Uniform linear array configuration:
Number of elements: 48
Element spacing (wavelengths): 1
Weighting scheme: blackman
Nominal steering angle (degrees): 0
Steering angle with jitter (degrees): -1.445
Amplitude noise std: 0.05
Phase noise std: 0.05

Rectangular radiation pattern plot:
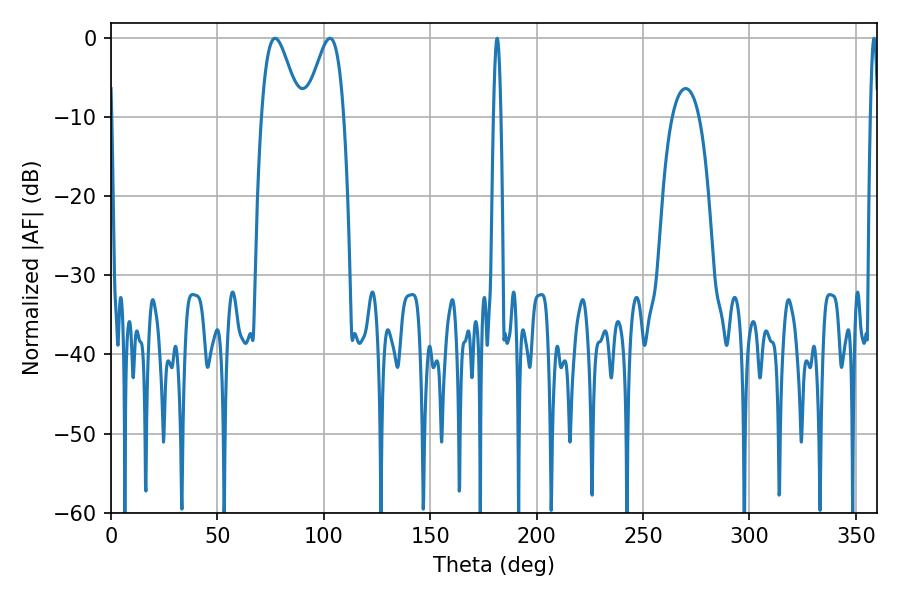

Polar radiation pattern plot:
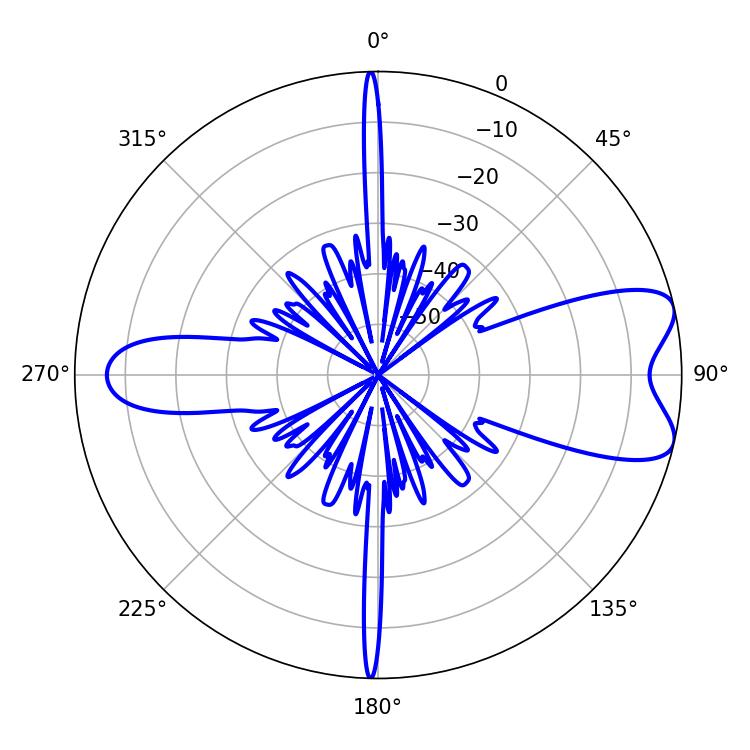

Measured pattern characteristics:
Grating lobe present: TRUE
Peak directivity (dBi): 7.972
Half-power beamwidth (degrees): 1.8
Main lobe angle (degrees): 181.44